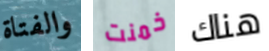
والفتاة خمنت هناك